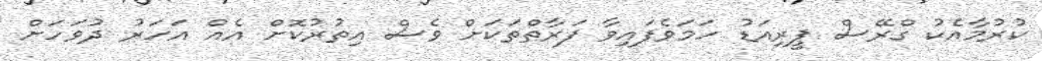
ކުރުމާއެކު ގްރޭސް ޕީރިއަޑު ހަމަވެފައިވާ ފަރާތްތަކަށް ވެސް އިތުރުކޮށް އެއް އަހަރު ދުވަހަށް